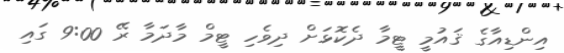
އިންޑިއާގެ ޤައުމީ ޓީމާ ދެކޮޅަށް ދިވެހި ޓީމް މާދަމާ ރޭ 9:00 ގައި